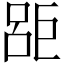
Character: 𱜗